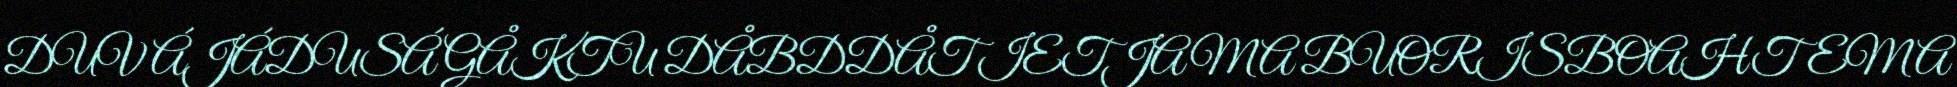
DUV ÁJÁDUSÁ GÅKTU DÅBDDÅT IETJAMA BUORISBOAHTEMA